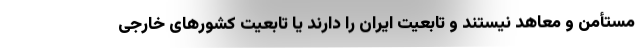
مستأمن و معاهد نیستند و تابعیت ایران را دارند یا تابعیت کشورهای خارجی